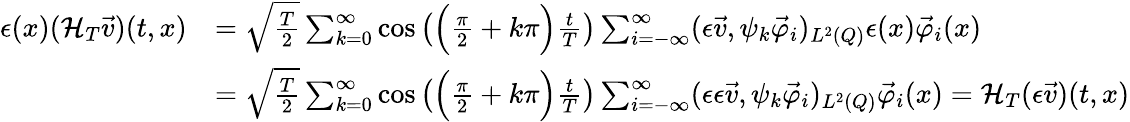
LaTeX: \begin{array}{rl}{\epsilon(x)({\mathcal{H}}_{T}\vec{v})(t,x)}&{=\sqrt{\frac{T}{2}}\sum_{k=0}^{\infty}\cos\left(\Big(\frac{\pi}{2}+k\pi\Big)\frac{t}{T}\right)\sum_{i=-\infty}^{\infty}(\epsilon\vec{v},\psi_{k}\vec{\varphi}_{i})_{L^{2}(Q)}\epsilon(x)\vec{\varphi}_{i}(x)}\\ &{=\sqrt{\frac{T}{2}}\sum_{k=0}^{\infty}\cos\left(\Big(\frac{\pi}{2}+k\pi\Big)\frac{t}{T}\right)\sum_{i=-\infty}^{\infty}(\epsilon\epsilon\vec{v},\psi_{k}\vec{\varphi}_{i})_{L^{2}(Q)}\vec{\varphi}_{i}(x)=\mathcal H_{T}(\epsilon\vec{v})(t,x)}\end{array}